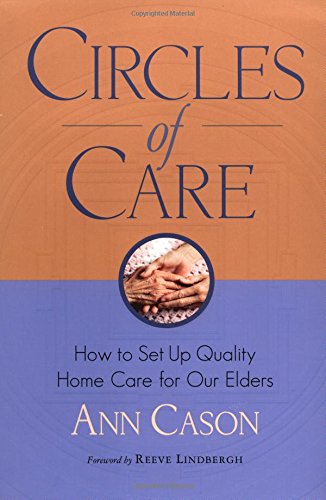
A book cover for Circles of Care: How to Set Up Quality Care for Our Elders in the Comfort of Their Own Homes; Ann Cason; Medical Books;